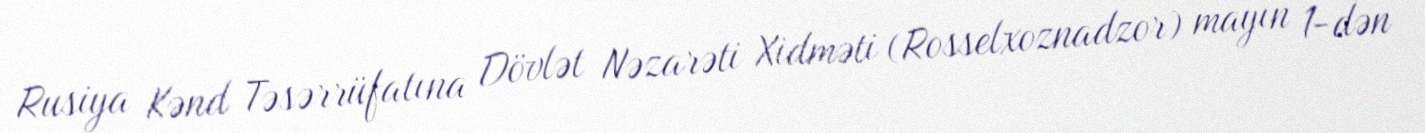
Rusiya Kənd Təsərrüfatına Dövlət Nəzarəti Xidməti (Rosselxoznadzor) mayın 1-dən